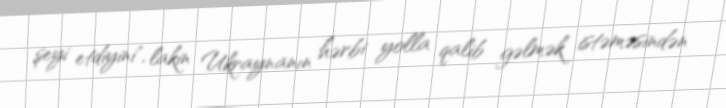
şeyi etdiyini", lakin Ukraynanın hərbi yolla qalib gəlmək istəməsindən